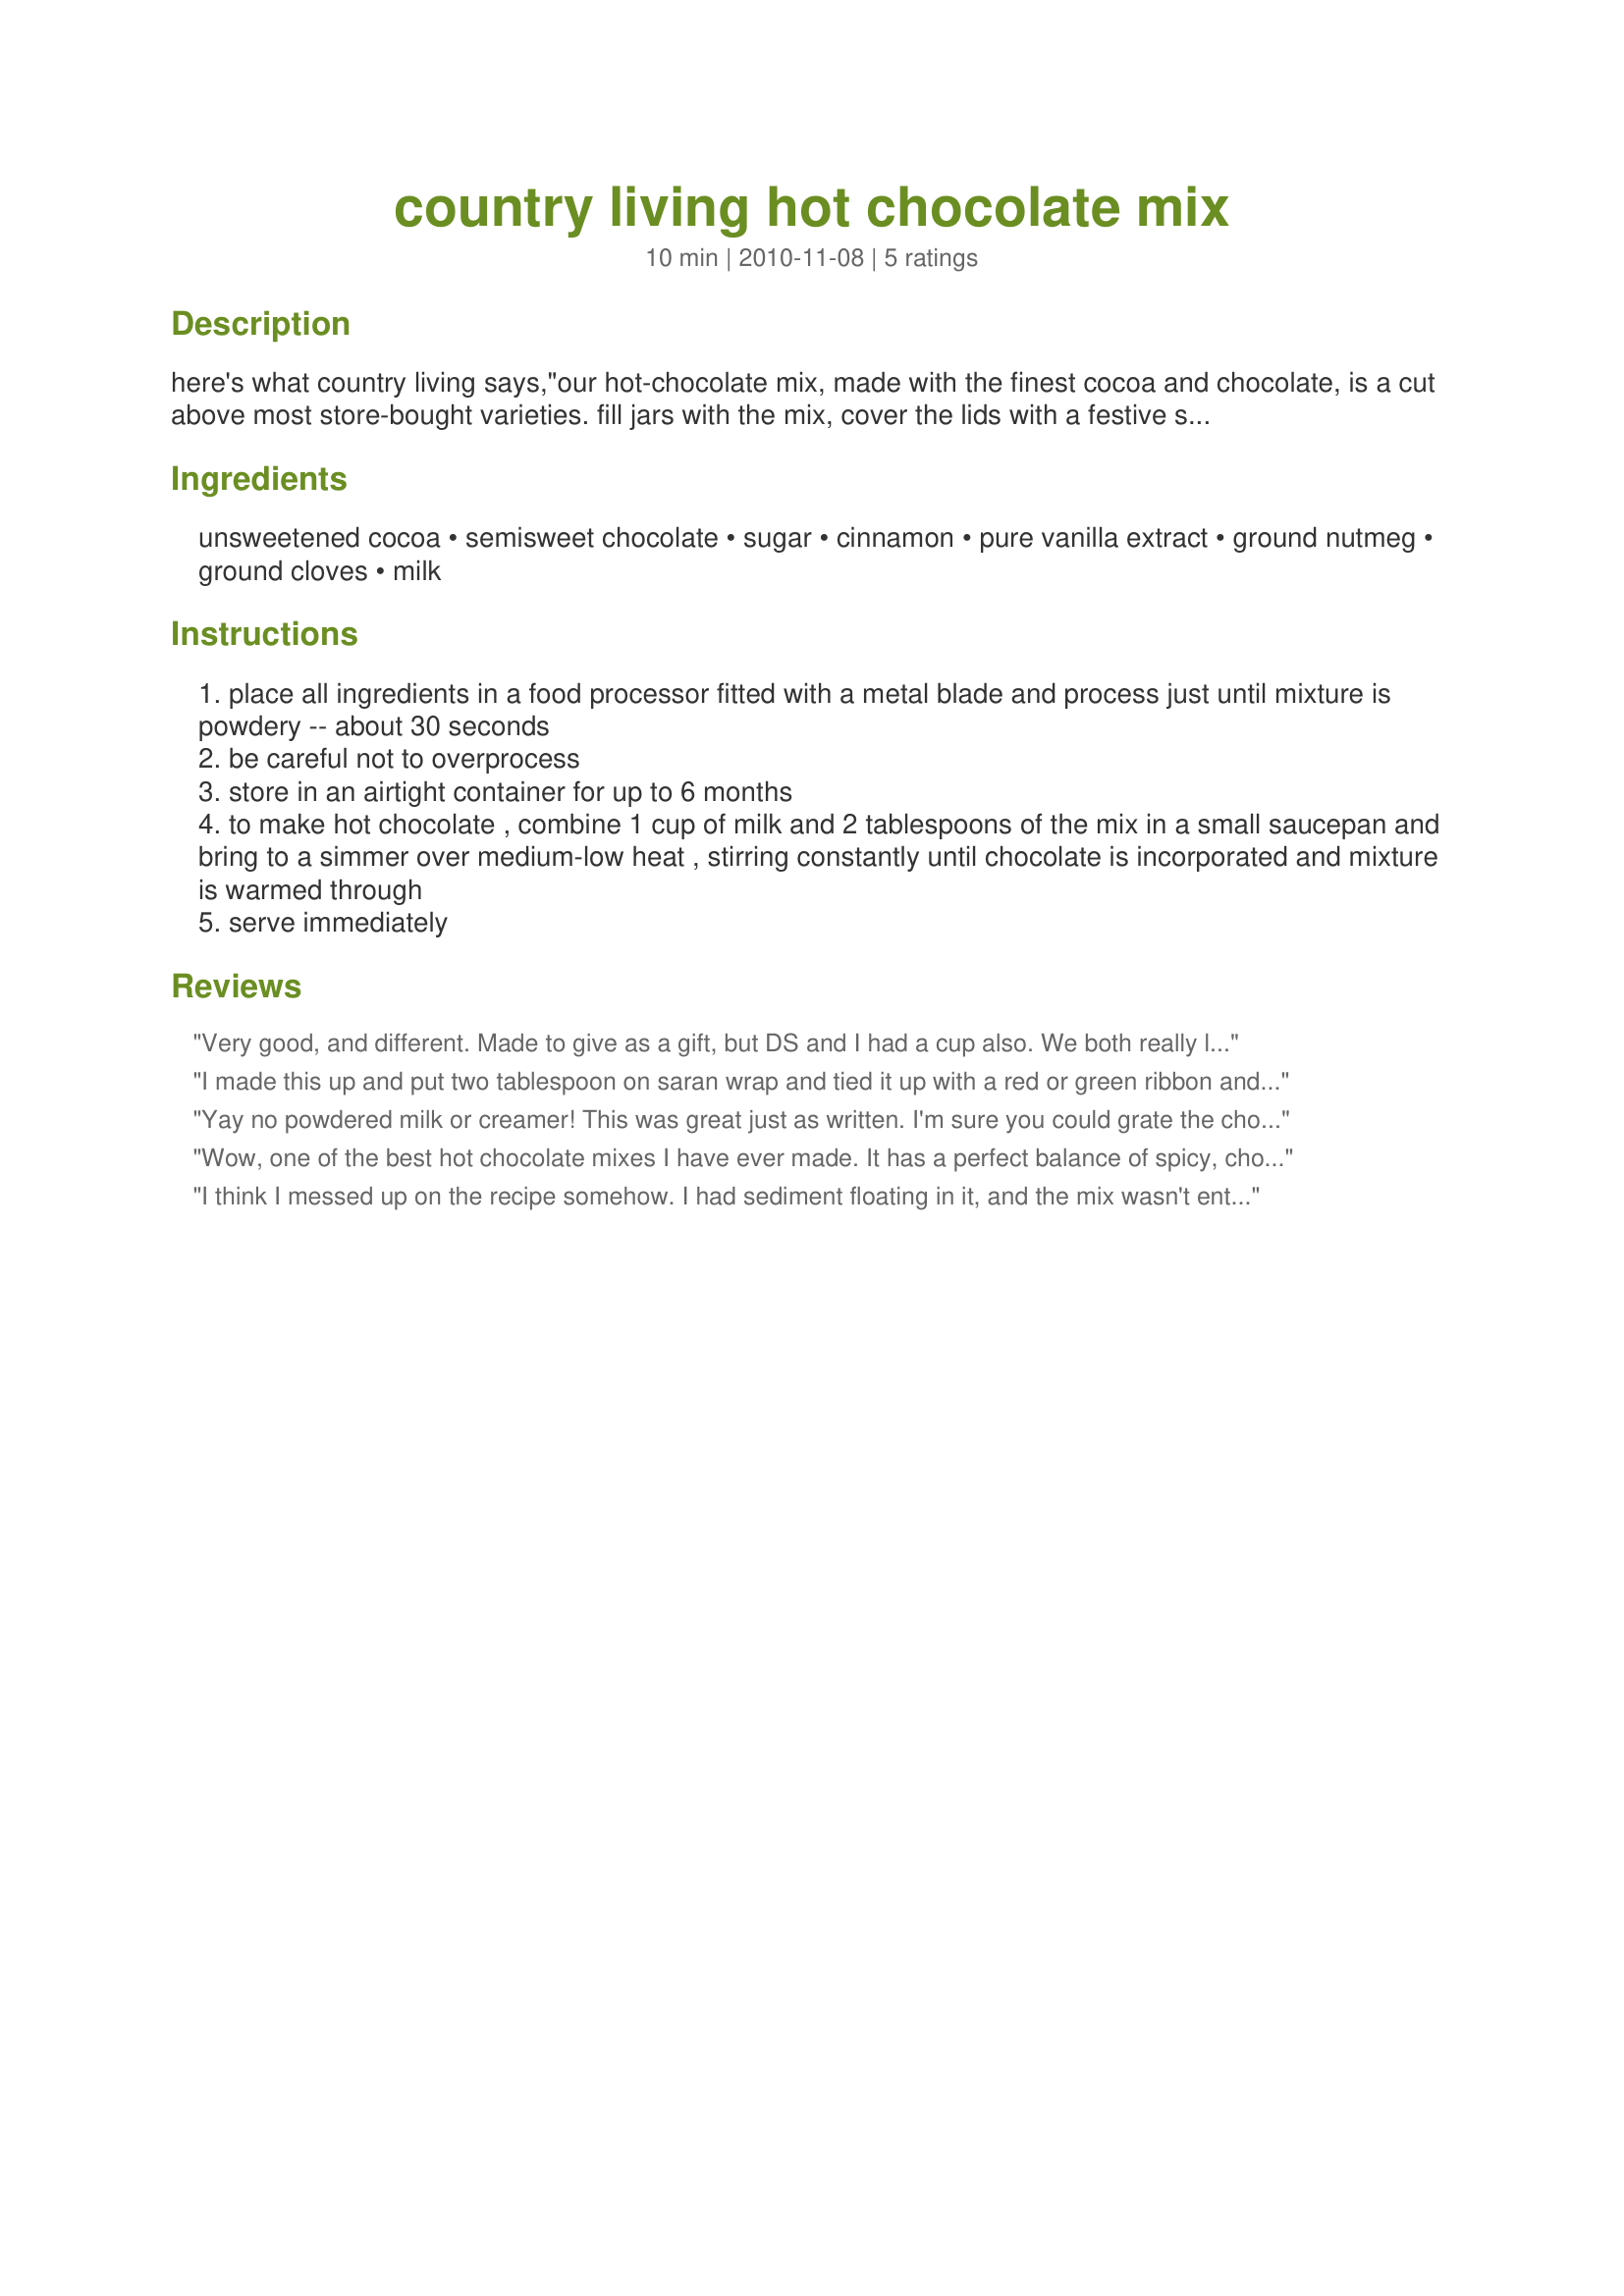
country living hot chocolate mix
Preparation time: 10 minutes

here's what country living says,"our hot-chocolate mix, made with the finest cocoa and chocolate, is a cut above most store-bought varieties. fill jars with the mix, cover the lids with a festive swath of fabric, and include peppermint "stirring" sticks for added flavor and color. try adding to a basket with mugs, spoons, marshmallows, whipped cream and maybe a good movie!

Ingredients:
unsweetened cocoa, semisweet chocolate, sugar, cinnamon, pure vanilla extract, ground nutmeg, ground cloves, milk

Steps:
place all ingredients in a food processor fitted with a metal blade and process just until mixture is powdery -- about 30 seconds
be careful not to overprocess
store in an airtight container for up to 6 months
to make hot chocolate , combine 1 cup of milk and 2 tablespoons of the mix in a small saucepan and bring to a simmer over medium-low heat , stirring constantly until chocolate is incorporated and mixture is warmed through
serve immediately

Reviews:
Very good, and different. Made to give as a gift, but DS and I had a cup also. We both really liked it and that it was really chocolately. Will be making another batch for us to keep! Made for PRMR.
I made this up and put two tablespoon on saran wrap and tied it up with a red or green ribbon and typed the instructions where it says to put the cup of milk in the saucepan and stir. This was very good. I gave the two tablespoon with a cup and a candy cane in the cup for christmas gifts. Thank you for sharing this because it was a nice gift to give. Chef #220151
Yay no powdered milk or creamer! This was great just as written. I'm sure you could grate the chocolate without a food processor, but I'm not so sure the vanilla will incorporate. You could try making vanilla sugar and subbing that. I figured out the cost per serving and it costs a little less per ounce than the Ghirardelli mix, which I think is comparable in richness.
Wow, one of the best hot chocolate mixes I have ever made. It has a perfect balance of spicy, chocolatey and sweet. Love that it doesnt call for powdered milk. I didnt use a food processor so simply grated the chocolate which worked out very well. Used a non-dairy milk (oat) to make this and it was soooo good!<br/>THANKS SO MUCH for sharing this treat with us, Sharon! I will definitely make this again.
I think I messed up on the recipe somehow. I had sediment floating in it, and the mix wasn't entirely absorbed by the milk. Also, when it cooled off, it had this "skin" on top. The taste was somewhat bitter (I used semi-sweet chocolate). I will try this again sometime to see if I get the same results. Just be warned that this recipe isn't foolproof!
